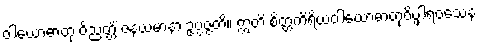
ဝါယောဓာတု ဝိညတ္တိံ ဇနယမာနာ ဥပ္ပဇ္ဇတိ။ ဣတိ စိတ္တကိရိယဝါယောဓာတုဝိပ္ဖါရဝသေန